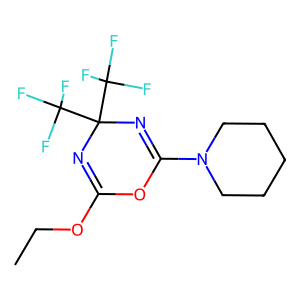
SMILES: CCOC1=NC(C(F)(F)F)(C(F)(F)F)N=C(N2CCCCC2)O1
Inhibits HIV replication: No